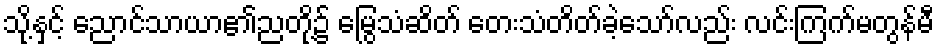
သို့နှင့် ညောင်သာယာ၏ညတို့၌ မြွေသံဆိတ် တေးသံတိတ်ခဲ့သော်လည်း လင်းကြက်မတွန်မီ